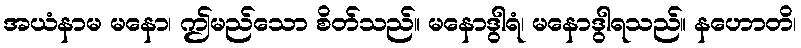
အယံနာမ မနော၊ ဤမည်သော စိတ်သည်။ မနောဒွါရံ၊ မနောဒွါရသည်။ နဟောတိ၊